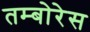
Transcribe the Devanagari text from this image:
तम्बोरेस